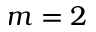
m = 2